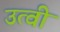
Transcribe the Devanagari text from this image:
उत्वी